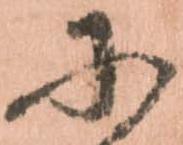
に